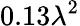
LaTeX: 0.13\lambda^{2}